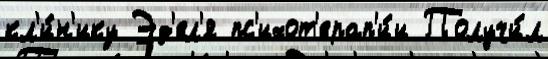
кл'и́н'ику Эд'ел'я пс'ихот'ерап'и́и Получи́л